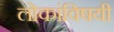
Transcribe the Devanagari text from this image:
लोकांविषयी